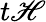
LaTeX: t\mathscr{H}